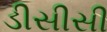
ડીસીસી